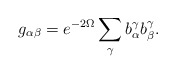
\begin{align*}g_{\alpha \beta }=e^{-2\Omega }\sum_\gamma b_\alpha ^\gamma b_\beta ^\gamma .\end{align*}